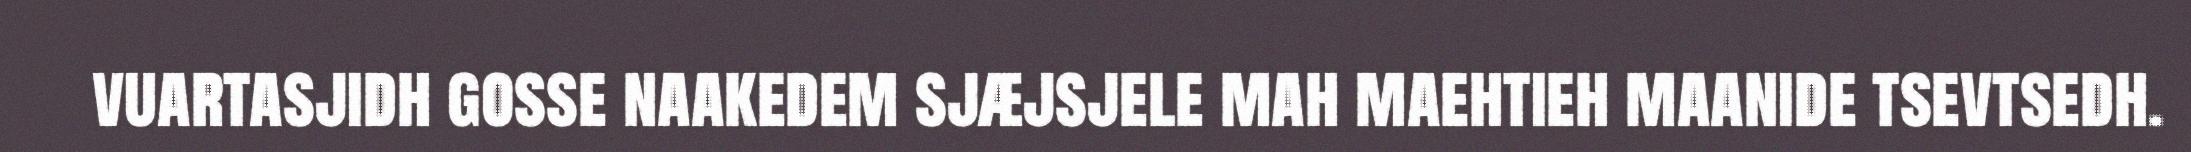
vuartasjidh gosse naakedem sjæjsjele mah maehtieh maanide tsevtsedh.